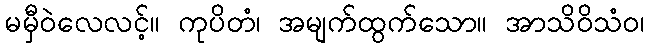
မမှီဝဲလေလင့်။ ကုပိတံ၊ အမျက်ထွက်သော။ အာသိဝိသံဝ၊